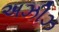
અઝીઝ